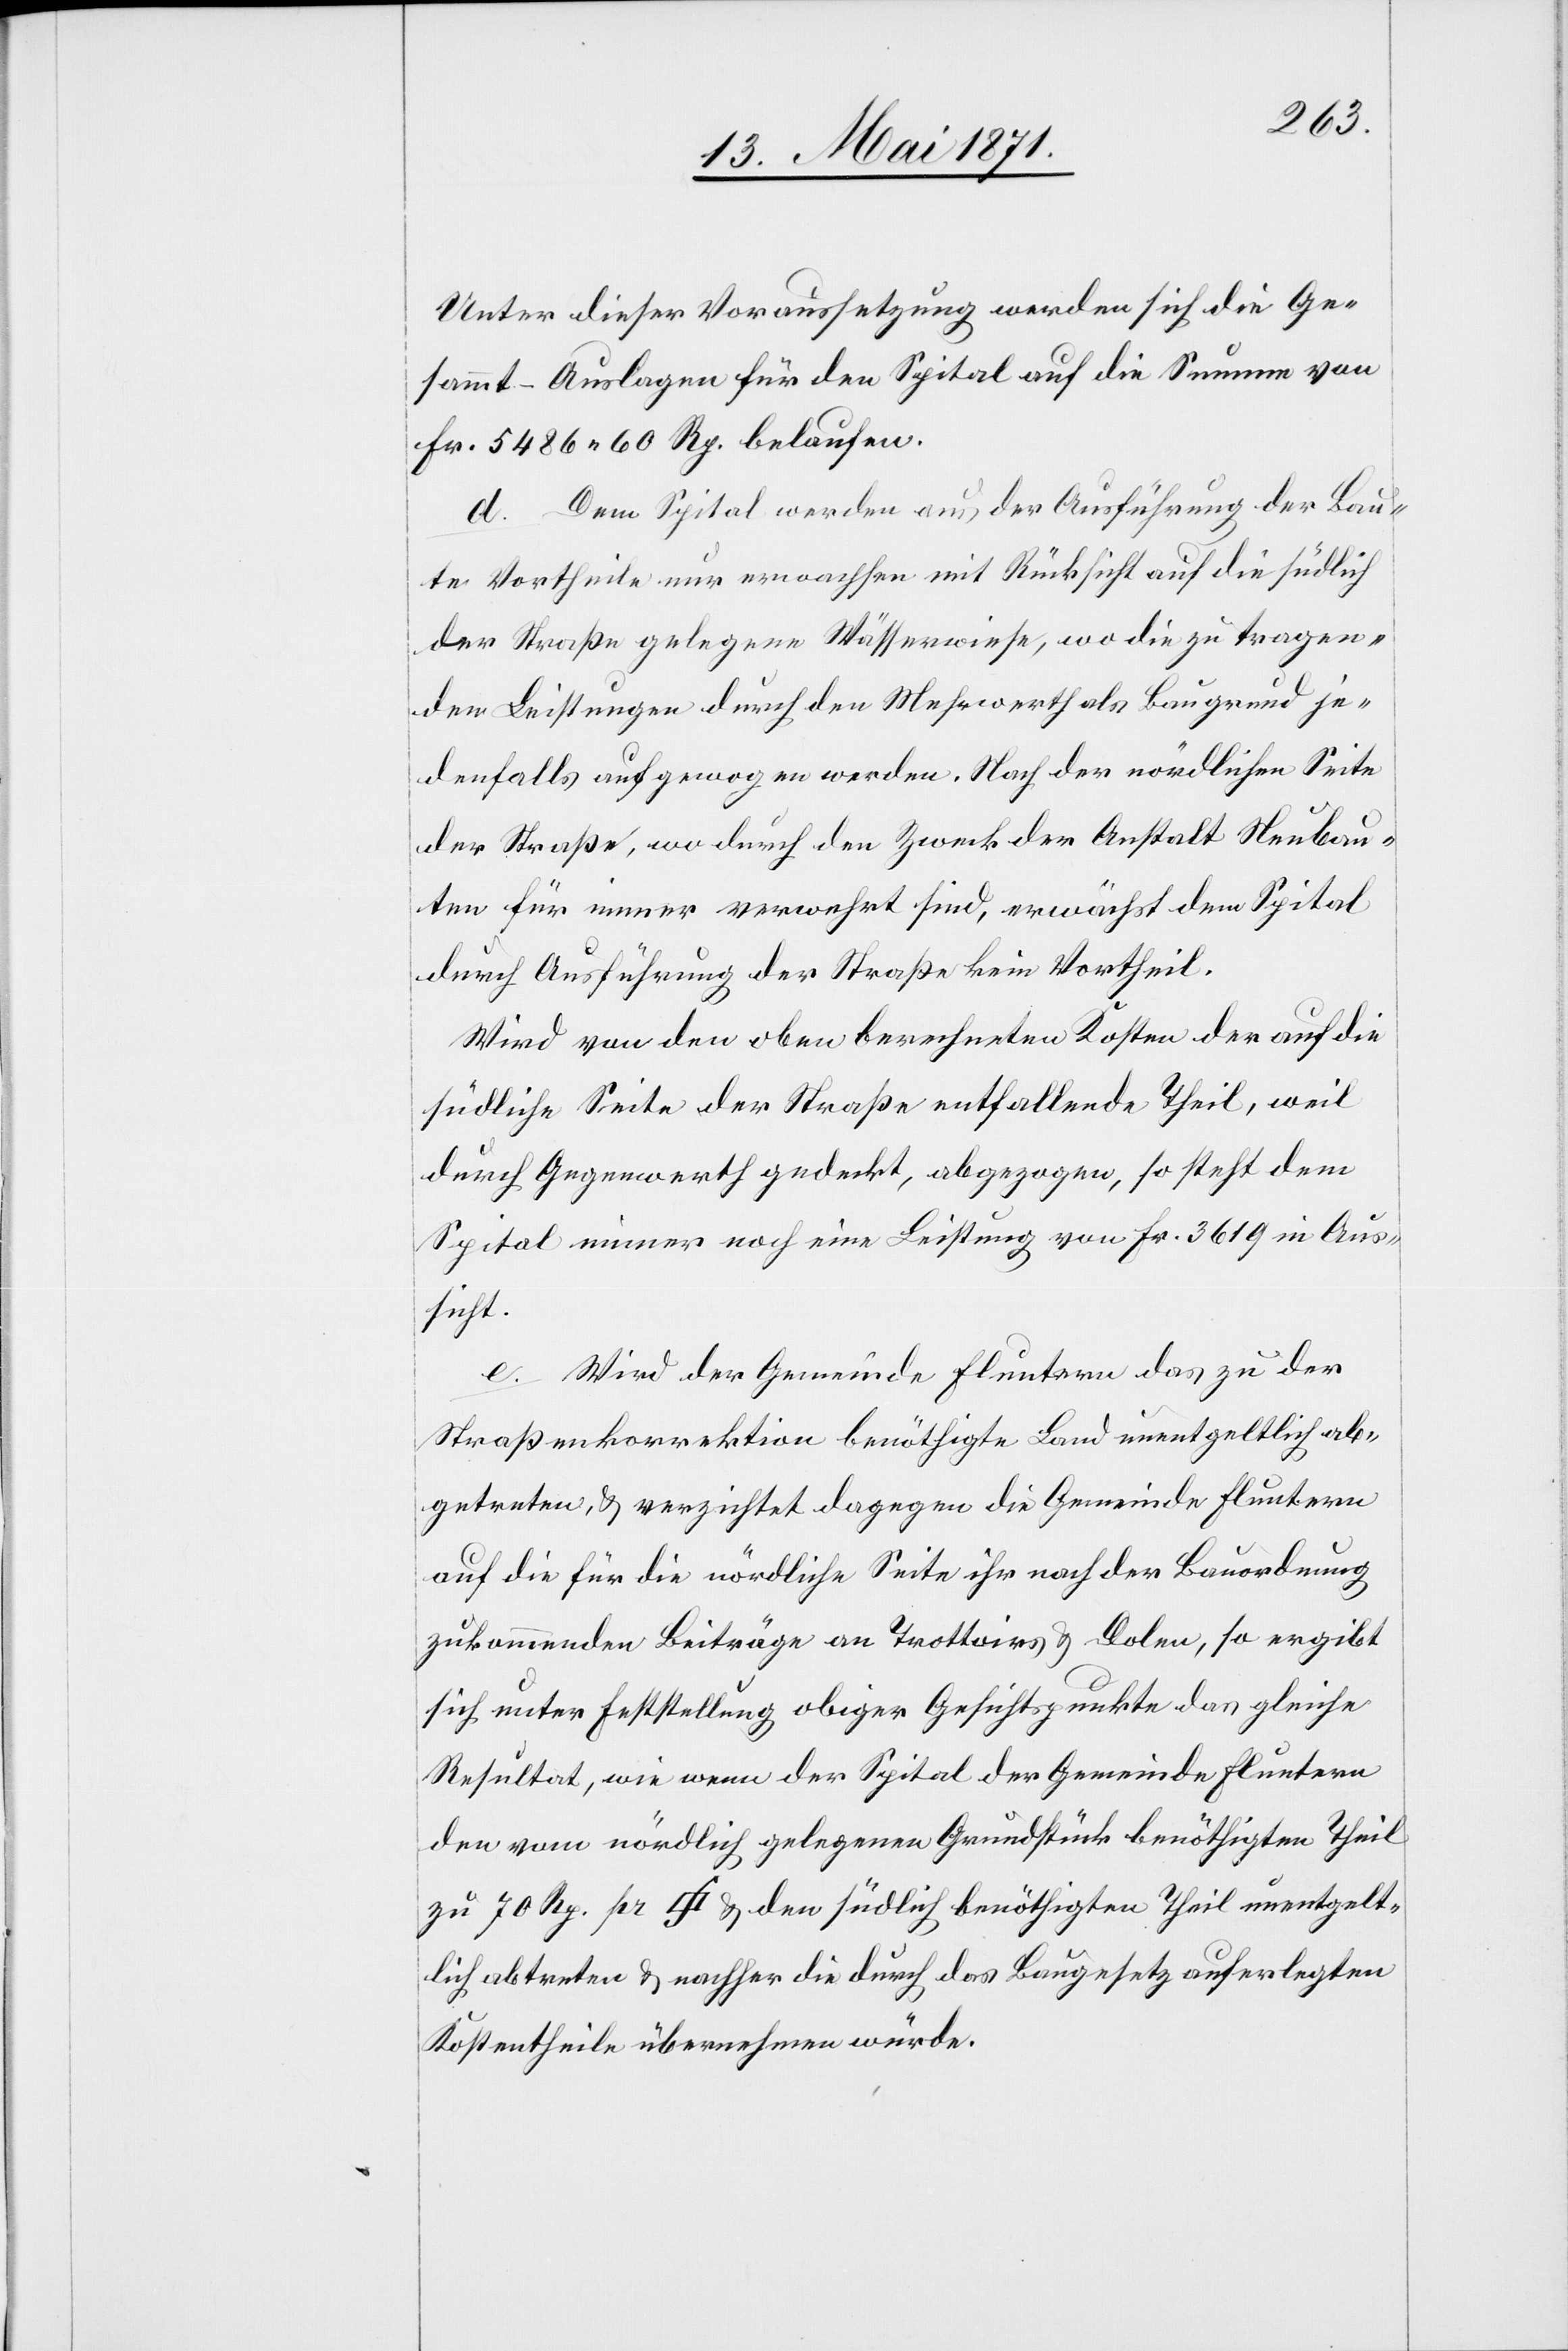
Unter diesen Voraussetzungen werden sich die Ge¬
sammt-Auslagen für den Spital auf die Summe von
Fr. 5486.60 Rp. belaufen.
d. Dem Spital werden aus der Ausführung der Bau¬
te Vortheile nur erwachsen mit Rücksicht auf die südlich
der Straße gelegene Wässerwiese, wo die zu tragen¬
den Leistungen durch den Mehrwerth als Baugrund je¬
denfalls aufgewogen werden. Nach der nördlichen Seite
der Straße, wo durch den Zweck der Anstalt Neubau¬
ten für immer verwehrt sind, erwächst dem Spital
durch Ausführung der Straße kein Vortheil.
Wird von den oben berechneten Kosten der auf die
südliche Seite der Straße entfallende Theil, weil
Spital immer noch eine Leistung von Fr. 3619 in Aus¬
sicht.
e. Wird der Gemeinde Fluntern das zu der
Straßenkorrektion benöthigte Land unentgeltlich ab¬
getreten, u. verzichtet dagegen die Gemeinde Fluntern
auf die für die nördliche Seite ihr nach der Bauordnung
zukommenden Beiträge an Trottoirs u. Dolen, so ergibt
sich unter Feststellung obiger Gesichtspunkte das gleiche
Resultat, wie wenn der Spital der Gemeinde Fluntern
den vom nördlich gelegenen Grundstück benöthigten Theil
zu 70 Rp. pr [Quadratfuss] u. den südlich benöthigten Theil unentgelt¬
lich abtreten u. nachher die durch das Baugesetz auferlegten
Kostentheile übernehmen würde.